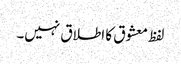
لفظ معشوق کا اطلاق نہیں۔